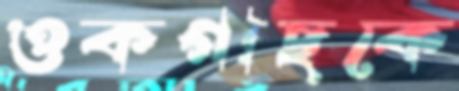
ওকগাছকে